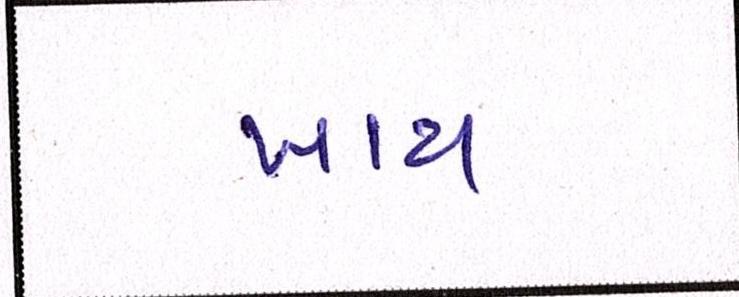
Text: ખાય